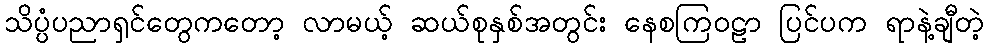
သိပ္ပံပညာရှင်တွေကတော့ လာမယ့် ဆယ်စုနှစ်အတွင်း နေစကြဝဠာ ပြင်ပက ရာနဲ့ချီတဲ့